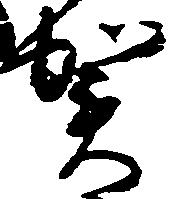
賀